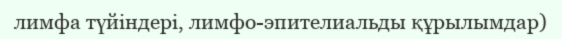
лимфа түйіндері, лимфо-эпителиальды құрылымдар)